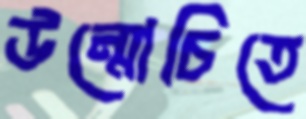
উন্মোচিতে